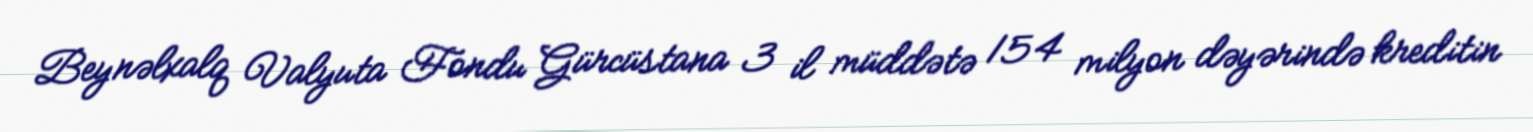
Beynəlxalq Valyuta Fondu Gürcüstana 3 il müddətə 154 milyon dəyərində kreditin